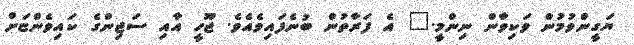
ޔަގީންވުމުން ވަކިވާން ނިންމީ." އެ ފަރާތުން ބުނެފައިވެއެވެ. ޖޫހީ އާއި ސަޖިންގެ ކައިވެންޏަށް